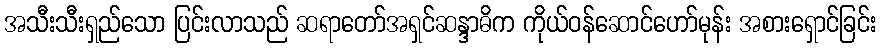
အသီးသီးရှည်သော ပြင်းလာသည် ဆရာတော်အရှင်ဆန္ဒာဓိက ကိုယ်ဝန်ဆောင်ဟော်မုန်း အစားရှောင်ခြင်း